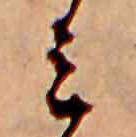
ミ